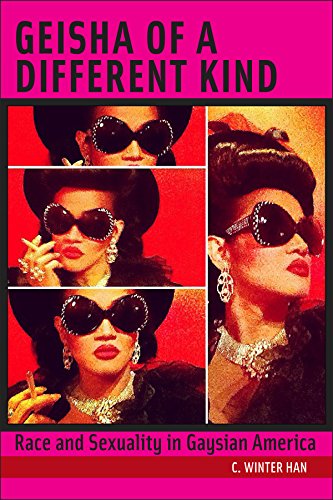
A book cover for Geisha of a Different Kind: Race and Sexuality in Gaysian America (Intersections); C. Winter Han; Gay & Lesbian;